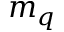
m _ { q }